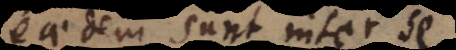
eaedem sunt inter se,